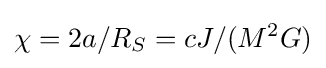
\chi =2a/R_{S}=cJ/(M^{2}G)